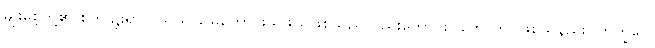
မျိုးစေ့တို့၏ စိုက်ပျိုးရာလယ်ယာမြေကောင်းသဖွယ်ဖြစ်သည်လည်းကောင်း။ ဟောတိ၊ ဖြစ်သနည်း။ ဘိက္ခဝေ၊